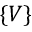
\lbrace V \rbrace